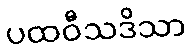
ပထဝီသဒိသာ